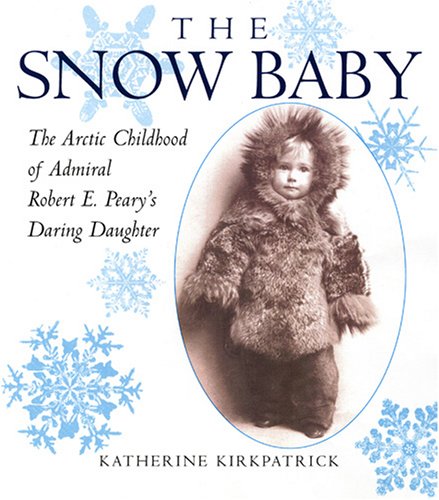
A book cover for The Snow Baby: The Arctic Childhood of Admiral Robert E. Peary's Daring Daughter; Katherine Kirkpatrick; Children's Books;